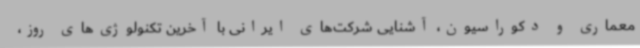
معماری و دکوراسیون، آشنایی شرکت‌های ایرانی با آخرین تکنولوژی‌های روز،